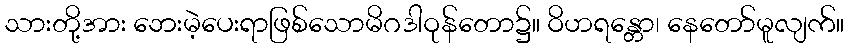
သားတို့အား ဘေးမဲ့ပေးရာဖြစ်သောမိဂဒါဝုန်တော၌။ ဝိဟရန္တော၊ နေတော်မူလျက်။